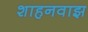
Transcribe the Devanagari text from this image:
शाहनवाझ